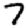
Digit: 7